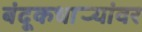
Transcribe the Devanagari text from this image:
बंदूकधार्‍यांवर